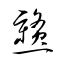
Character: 戇